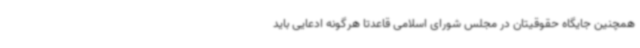
همچنین جایگاه حقوقیتان در مجلس شورای اسلامی قاعدتا هرگونه ادعایی باید